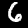
Digit: 6